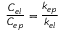
\frac { C _ { e l } } { C _ { e p } } = \frac { k _ { e p } } { k _ { e l } }